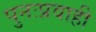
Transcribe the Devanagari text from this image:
पुनःप्रवाही